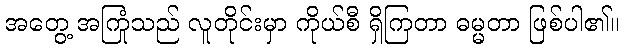
အတွေ့ အကြုံသည် လူတိုင်းမှာ ကိုယ်စီ ရှိကြတာ ဓမ္မတာ ဖြစ်ပါ၏။